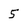
Character: 5